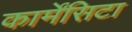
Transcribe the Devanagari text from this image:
कार्मेंसिटा